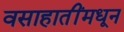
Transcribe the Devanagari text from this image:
वसाहातींमधून